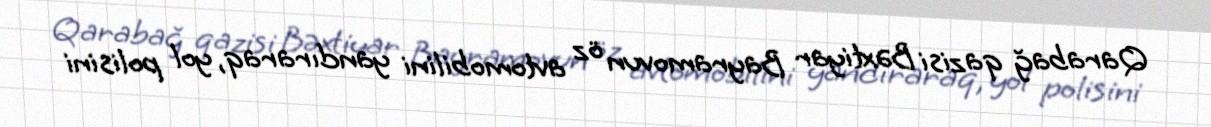
Qarabağ qazisi Bəxtiyar Bayramovun öz avtomobilini yandıraraq, yol polisini